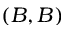
( B , B )